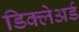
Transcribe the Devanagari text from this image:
डिक्‍लेअर्ड